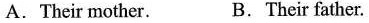
A. Their mother. B. Their father.